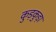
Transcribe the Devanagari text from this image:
कुड़कुड़ा